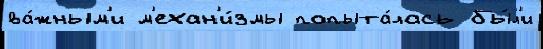
ва́жным'и м'ехан'и́змы попыта́лась бы́л'и